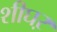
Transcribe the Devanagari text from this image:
शीघऱ